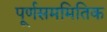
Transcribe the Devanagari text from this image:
पूर्णसममितिक